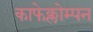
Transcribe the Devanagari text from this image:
काफेक्लोम्पन